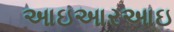
આઇઆરઆઇ